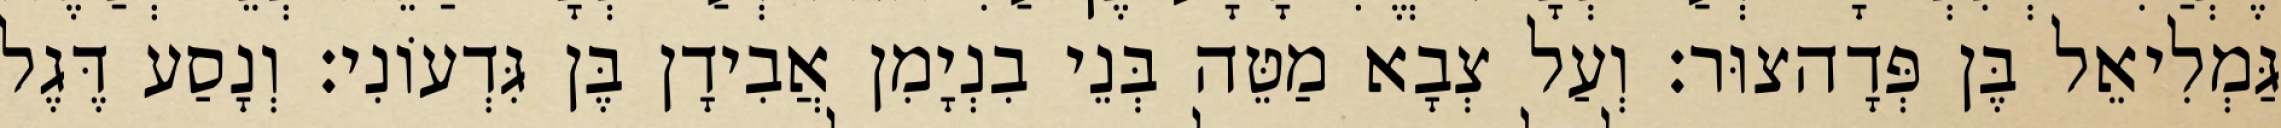
גַּמְלִיאֵל בֶּן פְּדָהצוּר׃ וְעַל צְבָא מַטֵּה בְּנֵי בִנְיָמִן אֲבִידָן בֶּן גִּדְעוֹנִי׃ וְנָסַע דֶּגֶל